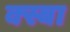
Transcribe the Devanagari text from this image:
क्स्बा